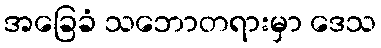
အခြေခံ သဘောတရားမှာ ဒေသ